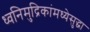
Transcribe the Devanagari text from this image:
ध्वनिमुद्रिकांमध्येसुद्धा